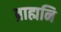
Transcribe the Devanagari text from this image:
ब्राह्मनि